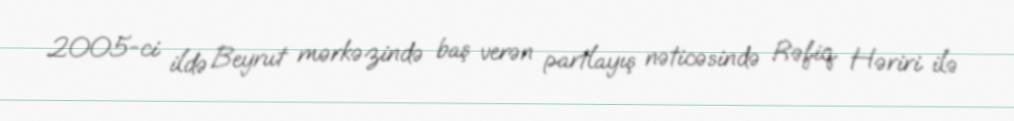
2005-ci ildə Beyrut mərkəzində baş verən partlayış nəticəsində Rəfiq Həriri ilə